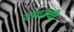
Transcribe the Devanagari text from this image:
टाटांची